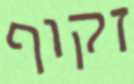
זקוף